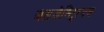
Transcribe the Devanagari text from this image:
जसजेन्टि्रयम